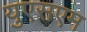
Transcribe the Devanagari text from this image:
युएसएम